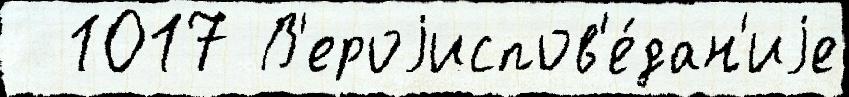
  1017 В'ероjиспов'е́дан'иjе